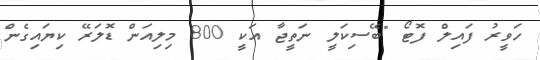
ހަވީރު ފައިލް ފޮޓޯ "ބޭސިކަލީ ނަތީޖާ އަކީ 800 މިލިއަން ޑޮލަރޭ ކިޔައިގެން